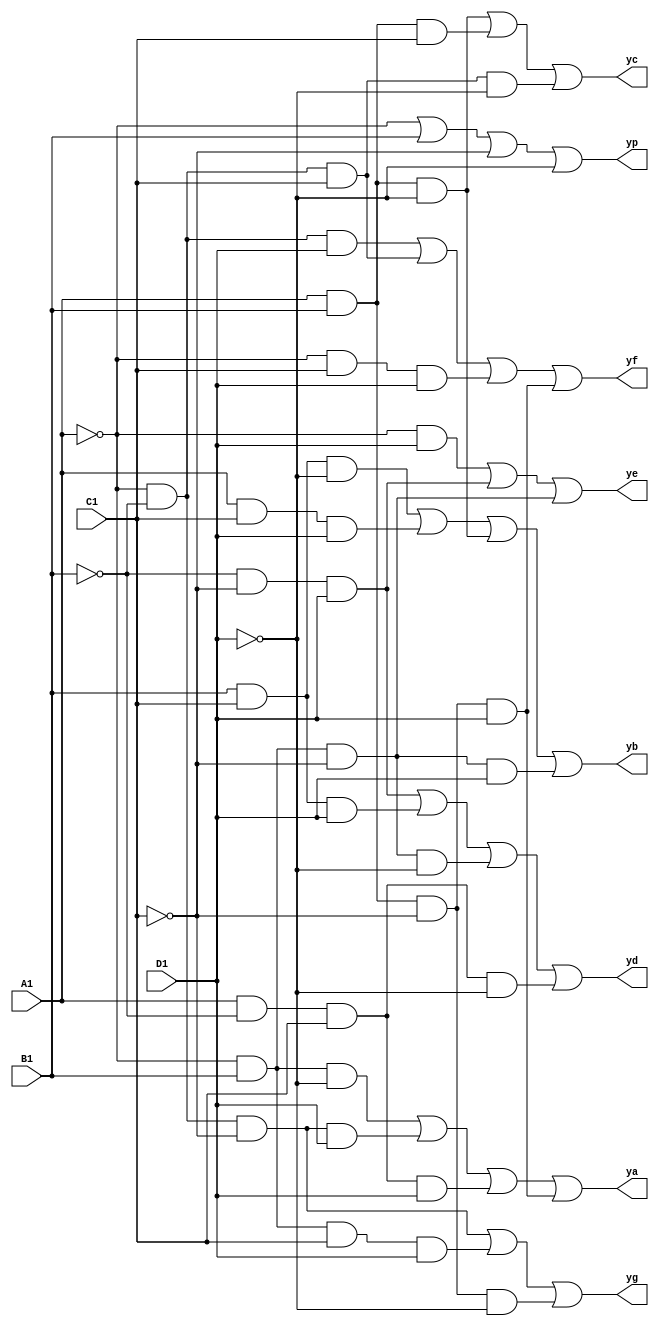
module bcd_decoder (A1, B1, C1, D1, ya, yb, yc, yd, ye, yf, yg, yp);

    input A1, B1, C1, D1;
    output ya, yb, yc, yd, ye, yf, yg, yp;
	 
	 wire A, B, C, D;
	 
	 assign A = ~A1;
	 assign B = ~B1;
	 assign C = ~C1;
	 assign D = ~D1;

    assign ya = (A & ~B & D) | (A & B & C & ~D) | (~A & B & ~C & ~D) | (~A & ~B & C & ~D);
    assign yb = (~B & ~C & D) | (~A & ~C & ~D) | (~A & ~B & D) | (A & ~B & C & ~D);
    assign yc = (~A & ~B & D) | (~A & ~B & ~C) | (A & B & ~C & D);
    assign yd = (B & C & ~D) | (~B & ~C & ~D) | (A & ~B & C & D) | (~A & B & ~C & D);
    assign ye = (A & ~D) | (B & C & ~D) | (A & ~B & C);
    assign yf = (A & B & ~D) | (A & B & ~C) | (A & ~C & ~D) | (~A & ~B & C & ~D);
    assign yg = (A & B & C) | (A & ~B & ~C & ~D) | (~A & ~B & C & D);
    assign yp = A | ~B | C | D;

endmodule